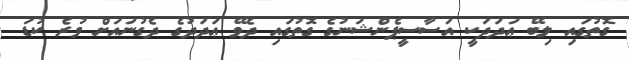
ގޮތުގައި ލިބޭ ޢަދަދަކީ އަސާސީޕެންޝަނުގެ ގޮތުގައި ދެވޭ ޢަދަދުގެ ދެގުނައަށް ވުރެ ކުޑަ